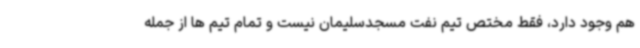
هم وجود دارد، فقط مختص تیم نفت مسجدسلیمان نیست و تمام تیم ها از جمله